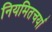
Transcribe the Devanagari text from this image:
नियमितचर्या